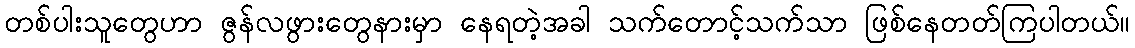
တစ်ပါးသူတွေဟာ ဇွန်လဖွားတွေနားမှာ နေရတဲ့အခါ သက်တောင့်သက်သာ ဖြစ်နေတတ်ကြပါတယ်။